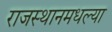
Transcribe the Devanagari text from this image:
राजस्थानमधल्या